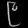
Digit: ၉